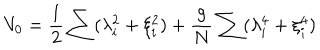
V _ { 0 } = { \frac { 1 } { 2 } } \sum ( \lambda _ { i } ^ { 2 } + \xi _ { i } ^ { 2 } ) + { \frac { g } { N } } \sum ( \lambda _ { i } ^ { 4 } + \xi _ { i } ^ { 4 } )